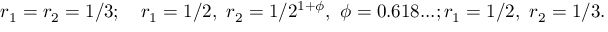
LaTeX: r _ { 1 } = r _ { 2 } = 1 / 3 ; \quad r _ { 1 } = 1 / 2 , ~ r _ { 2 } = 1 / 2 ^ { 1 + \phi } , ~ \phi = 0 . 6 1 8 . . . ; r _ { 1 } = 1 / 2 , ~ r _ { 2 } = 1 / 3 .